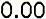
0.00